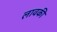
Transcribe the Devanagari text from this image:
लावकी